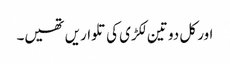
اور کل دو تین لکڑی کی تلواریں تھیں۔